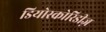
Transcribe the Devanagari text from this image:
डियोस्कोरिडीज़